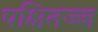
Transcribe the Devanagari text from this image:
पक्षितज्‍ज्ञ